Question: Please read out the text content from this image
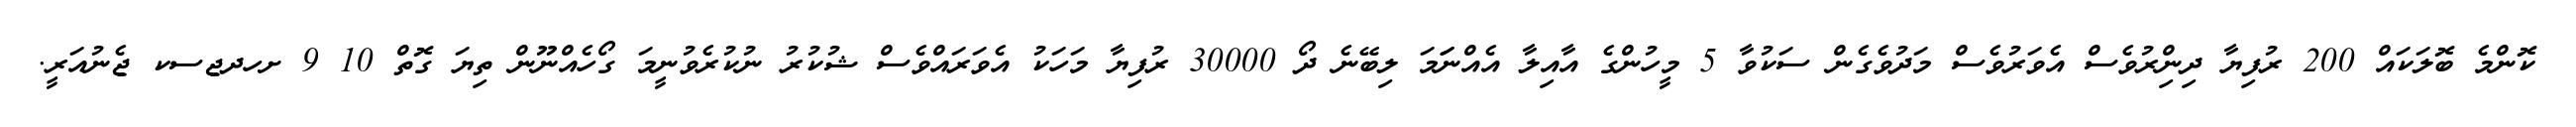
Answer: ކޮންމެ ބޮލަކައް 200 ރުފިޔާ ދިންިރުވެސް އެވަރުވެސް މަދުވެގެން ސަކުވާ 5 މީހުންގެ އާއިލާ އެއްނަަމަ ލިބޭނެ ދޯ 30000 ރުފިޔާ މަހަކު އެވަރައްވެސް ޝުކުރު ނުކުރެވުނީމަ ގޯހެއްނޫން ތިޔަ ގޮތް 10 9 ށހދޖސކ ޖެނުއަރީ.